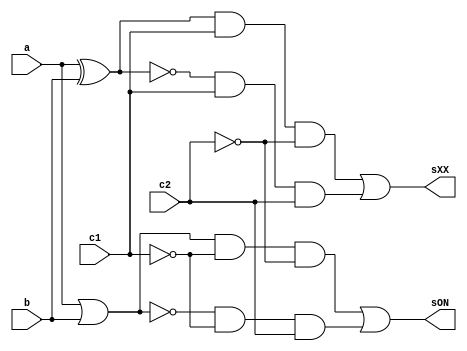
// ------------------------- 
// Exemplo0031 - F4 
// Nome: Marcio Santana Correa
// ------------------------- 
module LU (output sON, output sXX, input a, input b, input c1, input c2);
	wire notC1,notC2,xorAB,xnorAB,orAB,norAB,and1,and2,and3,and4;
	
	not NOT1   (notC1, c1);
	not NOT2   (notC2, c2);
	xor XOR1   (xorAB, a, b);
	xnor XNOR1 (xnorAB, a, b);
	or  OR1    (orAB, a, b);
	nor NOR1   (norAB, a, b);
	and AND1   (and1, xorAB, c1, notC2);
	and AND2   (and2, xnorAB, c1, c2);
	and AND3   (and3, orAB, notC1, notC2);
	and AND4   (and4, norAB, notC1, c2);
	or OR2     (sXX, and1, and2);
	or OR3     (sON, and3, and4);
endmodule 

module test_LU;
// ------------------------- definir dados
   reg x;
	reg y;
	reg c1;
	reg c2;
	wire w;
	wire z;
	
	LU modulo (w, z, x, y, c1, c2);
	
	initial begin: start
		x = 0; 
		y = 0;
		c1= 0;
		c2= 0;
	end
	
// ------------------------- parte principal
   initial begin
      $display("Exemplo0034 - Marcio Santana Correa - 345368");
      $display("Test LU's module");
		$display ("---------------- CHAVE = 00 --------------------");
      $monitor("a = %b b = %b sOR = %b",x,y,w); 
		#1 
		x = 0; y = 1; c1 = 0; c2 = 0;  
		#1 
		x = 1; y = 0; c1 = 0; c2 = 0;
		#1
		x = 1; y = 1; c1 = 0; c2 = 0;
		#1
		$display ("---------------- CHAVE = 01 --------------------");
		$monitor("a = %b b = %b sNOR = %b",x,y,w);
		x = 0; y = 0; c1 = 0; c2 = 1;
		#1
		x = 0; y = 1; c1 = 0; c2 = 1;
		#1 
		x = 1; y = 0; c1 = 0; c2 = 1;
		#1 
		x = 1; y = 1; c1 = 0; c2 = 1;
		#1
		$display ("---------------- CHAVE = 10 --------------------");
		$monitor("a = %b b = %b sXOR = %b",x,y,z);
		x = 0; y = 0; c1 = 1; c2 = 0;
		#1
		x = 0; y = 1; c1 = 1; c2 = 0;
		#1 
		x = 1; y = 0; c1 = 1; c2 = 0;
		#1 
		x = 1; y = 1; c1 = 1; c2 = 0;
		#1
		$display ("---------------- CHAVE = 11 --------------------");
		$monitor("a = %b b = %b sXNOR = %b",x,y,z);
		x = 0; y = 0; c1 = 1; c2 = 1;
		#1
		x = 0; y = 1; c1 = 1; c2 = 1;
		#1 
		x = 1; y = 0; c1 = 1; c2 = 1;
		#1 
		x = 1; y = 1; c1 = 1; c2 = 1;			
   end
endmodule // test_LU

/*
    Exemplo0034 - Marcio Santana Correa 345368
    Test LU's module
    ---------------- CHAVE = 00 --------------------
    a = 0 b = 0 sOR = 0
    a = 0 b = 1 sOR = 1
    a = 1 b = 0 sOR = 1
    a = 1 b = 1 sOR = 1
    ---------------- CHAVE = 01 --------------------
    a = 0 b = 0 sNOR = 1
    a = 0 b = 1 sNOR = 0
    a = 1 b = 0 sNOR = 0
    a = 1 b = 1 sNOR = 0
    ---------------- CHAVE = 10 --------------------
    a = 0 b = 0 sXOR = 0
    a = 0 b = 1 sXOR = 1
    a = 1 b = 0 sXOR = 1
    a = 1 b = 1 sXOR = 0
    ---------------- CHAVE = 11 --------------------
    a = 0 b = 0 sXNOR = 1
    a = 0 b = 1 sXNOR = 0
    a = 1 b = 0 sXNOR = 0
    a = 1 b = 1 sXNOR = 1
*/